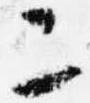
二